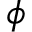
\phi